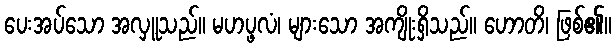
ပေးအပ်သော အလှူသည်။ မဟပ္ဖလံ၊ များသော အကျိုးရှိသည်။ ဟောတိ၊ ဖြစ်၏။